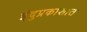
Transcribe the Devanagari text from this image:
इंदुप्रकाशात